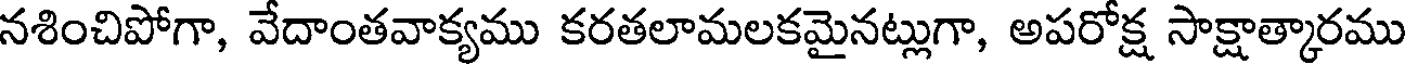
నశించిపోగా, వేదాంతవాక్యము కరతలామలకమైనట్లుగా, అపరోక్ష సాక్షాత్కారము